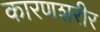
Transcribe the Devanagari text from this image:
कारणशरीर